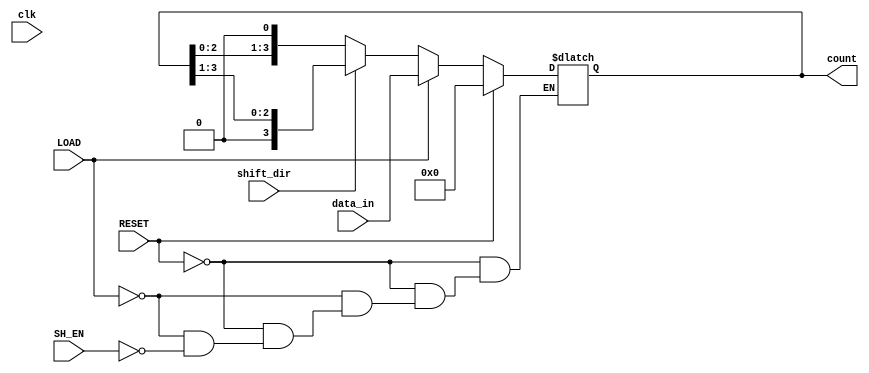
module async_shift_counter (
    input wire clk,             // Clock signal for synchronous operations
    input wire SH_EN,          // Shift Enable signal
    input wire LOAD,           // Load signal for parallel loading
    input wire RESET,          // Reset signal
    input wire [3:0] data_in,  // Data input for loading
    input wire shift_dir,      // Shift direction: 0 for left, 1 for right
    output reg [3:0] count     // Current counter value
);

// Asynchronous reset logic
always @(*) begin
    if (RESET) begin
        count = 4'b0000; // Reset counter to 0
    end else if (LOAD) begin
        count = data_in; // Load the input data into the counter
    end else if (SH_EN) begin
        if (shift_dir == 1'b0) begin
            // Shift left (multiply by 2)
            count = {count[2:0], 1'b0}; // Shift left, LSB becomes 0
        end else begin
            // Shift right (divide by 2)
            count = {1'b0, count[3:1]}; // Shift right, MSB becomes 0
        end
    end
end

endmodule